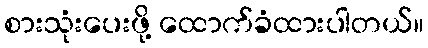
စားသုံးပေးဖို့ ထောက်ခံထားပါတယ်။